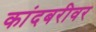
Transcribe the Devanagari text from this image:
कांदबरीवर